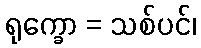
ရုက္ခော = သစ်ပင်၊